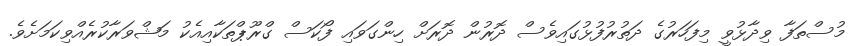
މުސްތަފާ ވިދާޅުވީ މިފަހަރުގެ ދަތުރުފުޅުގައިވެސް ދޮރުން ދޮރަށް ހިންގަވައި ފޯކަސް ގްރޫޕްތަކާއިއެކު މަޝްވަރާކުރެއްވިކަމަށެވެ.